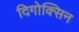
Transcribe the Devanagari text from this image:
दिगोक्सिन